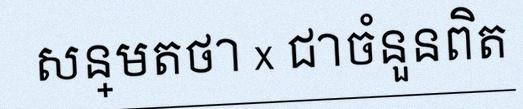
សន្មតថា x ជាចំនួនពិត